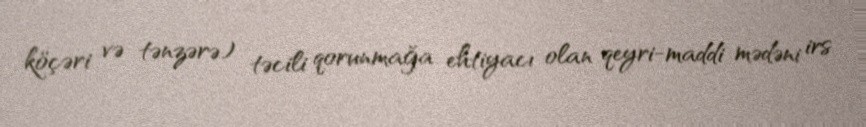
köçəri və tənzərə) təcili qorunmağa ehtiyacı olan qeyri-maddi mədəni irs